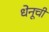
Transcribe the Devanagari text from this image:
धेनूची